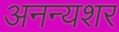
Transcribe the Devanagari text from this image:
अनन्यशर